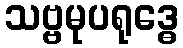
သဗ္ဗမုပရုဒ္ဓေ